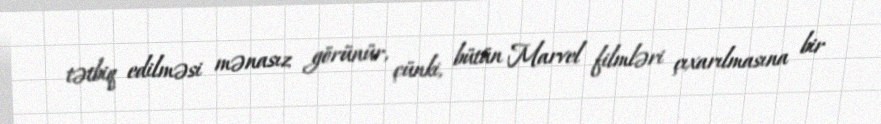
tətbiq edilməsi mənasız görünür, çünki, bütün Marvel filmləri çıxarılmasına bir